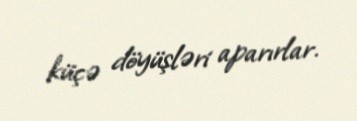
küçə döyüşləri aparırlar.